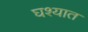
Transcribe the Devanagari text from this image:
घश्यात